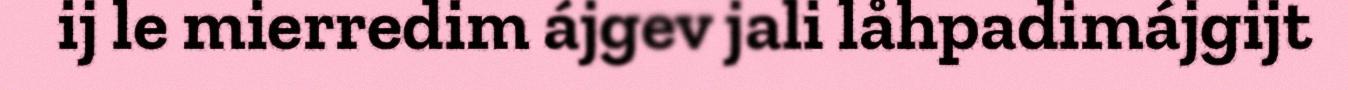
ij le mierredim ájgev jali låhpadimájgijt